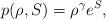
LaTeX: \begin{align*} p(\rho,S)=\rho^{\gamma} e^{S}, \end{align*}